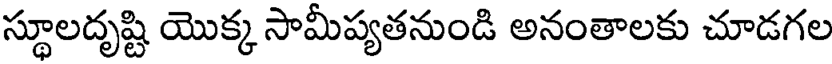
స్థూలదృష్టి యొక్క సామీప్యతనుండి అనంతాలకు చూడగల